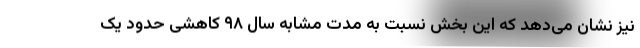
نیز نشان می‌دهد که این بخش نسبت به مدت مشابه سال ۹۸ کاهشی حدود یک